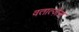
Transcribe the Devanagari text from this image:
वतात्ज़ेस